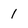
Character: 1